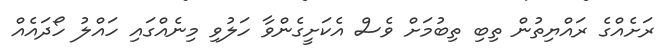
ރަށެއްގެ ރައްޔިތުން ތިބި ތިބުމަށް ވެސް އެކަށީގެންވާ ހަލުވި މިނެއްގައި ހައްލު ހޯދައެއް